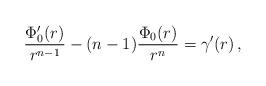
LaTeX: \begin{align*}\frac{\Phi^\prime_0(r)}{r^{n-1}} - (n-1)\frac{\Phi_0(r)}{r^{n}} = \gamma^\prime(r) \, ,\end{align*}